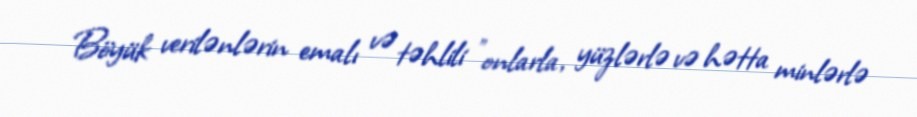
Böyük verilənlərin emalı və təhlili "onlarla, yüzlərlə və hətta minlərlə